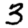
Digit: 3